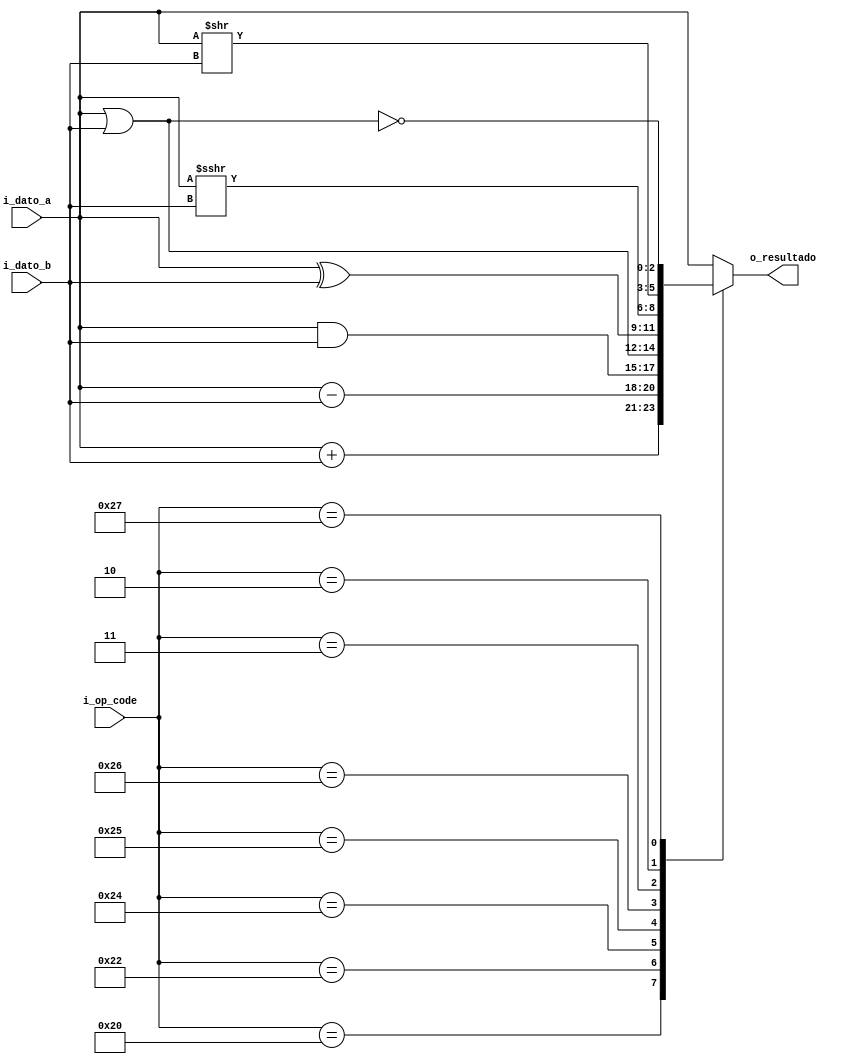
// Code your design here
module tp1
  #(
		parameter LEN_DATO = 3,
    	parameter LEN_OP = 6
  )
  (
  		//input	wire					i_clock,
    	//input 	wire 					i_reset,
   	input 	wire signed	[LEN_DATO-1:0]	i_dato_a,
    	input		wire signed	[LEN_DATO-1:0]	i_dato_b,
    	input 	wire			[LEN_OP-1:0]	i_op_code,
    	output 	wire signed	[LEN_DATO-1:0]	o_resultado
  );

  //Definiciones de op code
  localparam ADD = 6'b100000;
  localparam SUB = 6'b100010;
  localparam AND = 6'b100100;
  localparam OR  = 6'b100101;
  localparam XOR = 6'b100110;
  localparam SRA = 6'b000011;
  localparam SRL = 6'b000010;
  localparam NOR = 6'b100111;
  
  reg signed [LEN_DATO-1:0] res = 0;
  
  assign o_resultado = res;
  
  always @ (*)
    begin
      case (i_op_code)
        ADD : res <= i_dato_a + i_dato_b;
        SUB	: res <= i_dato_a - i_dato_b;
        AND : res <= i_dato_a & i_dato_b;
        OR	: res <= i_dato_a | i_dato_b;
        XOR	: res <= i_dato_a ^ i_dato_b;
        SRA : res <= i_dato_a >>> i_dato_b ;
        SRL : res <= i_dato_a >> i_dato_b;
        NOR : res <= ~(i_dato_a|i_dato_b);
		  default : res <= i_dato_a;
      endcase
    end
  
endmodule